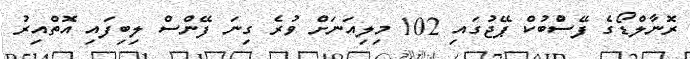
ރޮނާލްޑޯގެ ފޭސްުުބުކް ޕޭޖުގައި 102 މިލިއަނަށް ވުރެ ގިނަ ފޭންސް ލިބިފައި އޮތްއިރު